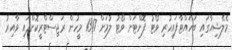
މެލޭޝިއާގައި ބަހައްޓާފައިހުރި ވޯޓު ފޮށްޓަށް ވޯޓު ލުމަށް 1317 މީހުން ރަޖިސްޓްރީކޮށްފައި ވާއިރު